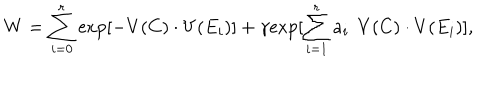
LaTeX: W = \sum _ { i = 0 } ^ { r } \mathrm { e x p } [ - V ( C ) \cdot V ( E _ { i } ) ] + \gamma \mathrm { e x p } [ \sum _ { i = 1 } ^ { r } a _ { i } \: \: V ( C ) \cdot V ( E _ { i } ) ] ,